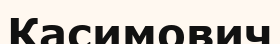
Касимович